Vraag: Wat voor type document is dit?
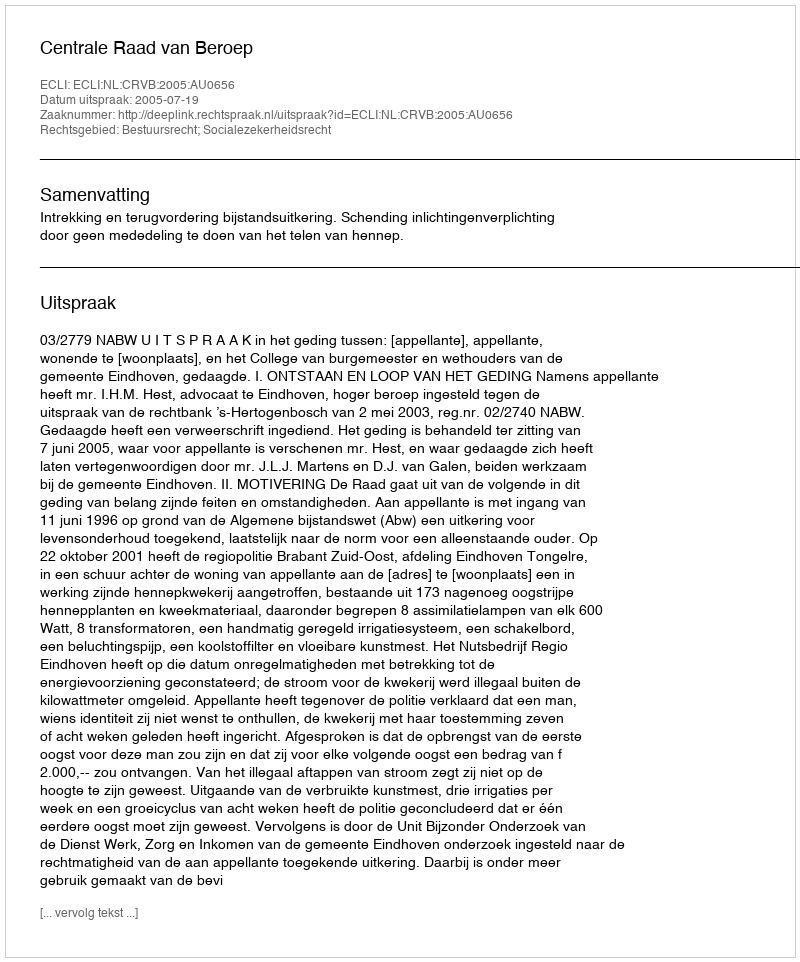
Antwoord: Uitspraak